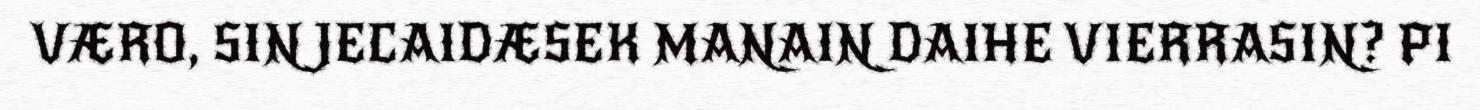
VÆRO, SIN JECAIDÆSEK MANAIN DAIHE VIERRASIN? PI